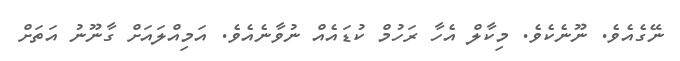
ނޭގެއެވެ. ނޫނެކެވެ. މިކާލް އެހާ ރަހުމް ކުޑައެއް ނުވާނެއެވެ. އަމިއްލައަށް ގާނޫނު އަތަށް